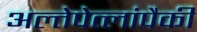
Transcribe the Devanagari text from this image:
अल्तेपेत्लांपैकी